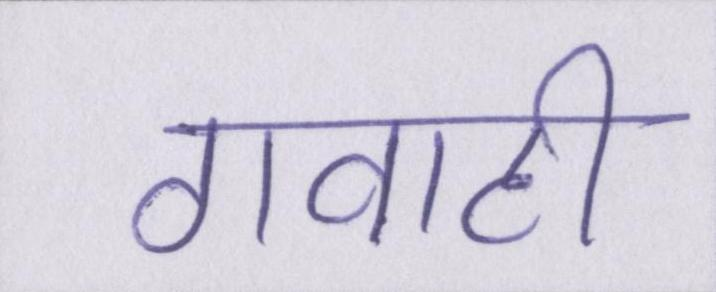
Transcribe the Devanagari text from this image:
गवाही